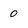
Character: 0